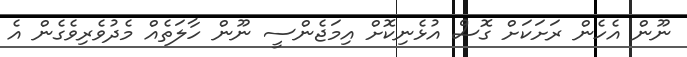
ނޫން އެހެން ރަށަކަށް ގޮސް އުޅެނިކޮށް އިމަޖެންސީ ނޫން ހާލަތެއް މެދުވެރިވެގެން އެ